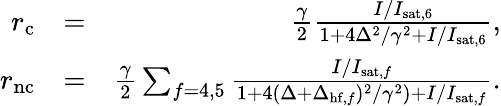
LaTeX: \begin{array}{rlr}{r_{\mathrm{c}}}&{=}&{\frac{\gamma}{2}\frac{I/I_{\mathrm{sat},6}}{1+4\Delta^{2}/\gamma^{2}+I/I_{\mathrm{sat},6}},}\\ {r_{\mathrm{nc}}}&{=}&{\frac{\gamma}{2}\sum_{f=4,5}\frac{I/I_{\mathrm{sat},f}}{1+4(\Delta+\Delta_{\mathrm{hf},f})^{2}/\gamma^{2})+I/I_{\mathrm{sat},f}}.}\end{array}